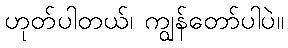
ဟုတ်ပါတယ်၊ ကျွန်တော်ပါပဲ။